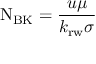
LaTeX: \mathrm { N } _ { \mathrm { B K } } = { \frac { u \mu } { k _ { \mathrm { r w } } \sigma } }